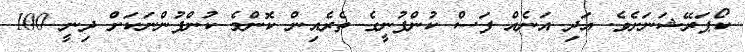
ކޯޕަރޭޝަނަށެވެ. އަދި އަނެއް ފަސް ކުންފުނީގެ ތެރެއިން ކޮންމެ ކުންފުންނަކަށް ދިނީ 100